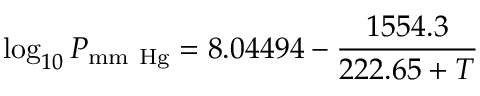
\log _ { 1 0 } P _ { \mathrm { m m ~ H g } } = 8 . 0 4 4 9 4 - { \frac { 1 5 5 4 . 3 } { 2 2 2 . 6 5 + T } }